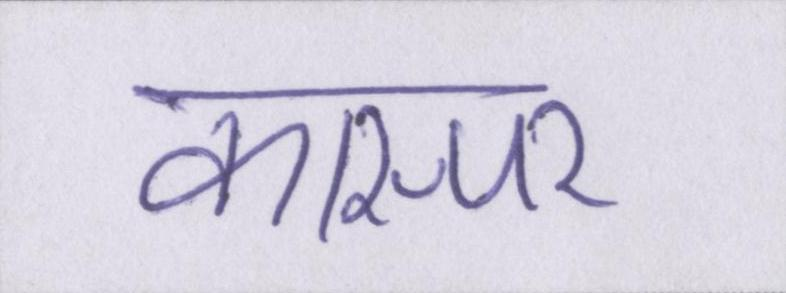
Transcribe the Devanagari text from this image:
कास्पर